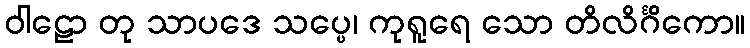
ဝါဠော တု သာပဒေ သပ္ပေ၊ ကုရူရေ သော တိလိင်္ဂိကော။